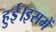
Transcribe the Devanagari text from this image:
हुई।इसमें